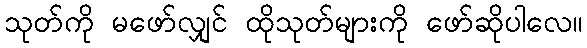
သုတ်ကို မဖော်လျှင် ထိုသုတ်များကို ဖော်ဆိုပါလေ။